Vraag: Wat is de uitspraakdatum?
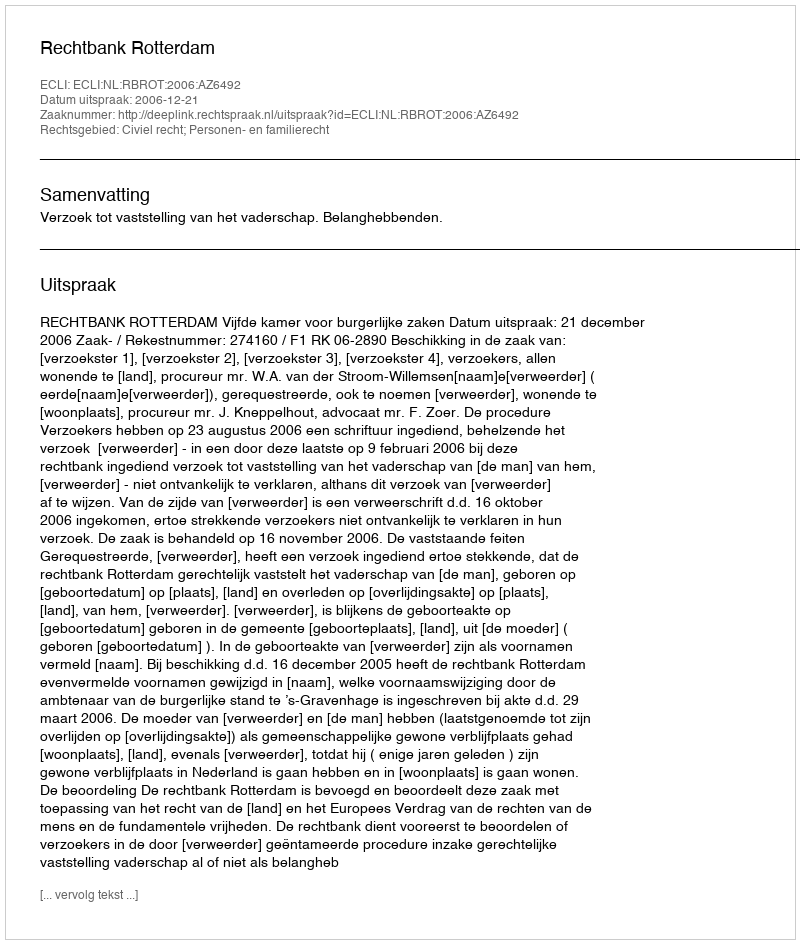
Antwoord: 2006-12-21